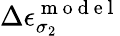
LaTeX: \Delta\epsilon_{\sigma_{2}}^{\mathrm{~m~o~d~e~l~}}